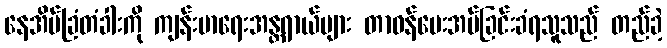
နေအိမ်ခြံတံခါးကို ကျန်းမာရေးအန္တရာယ်များ တာဝန်ပေးအပ်ခြင်းခံရသူသည် တည်ခဲ့